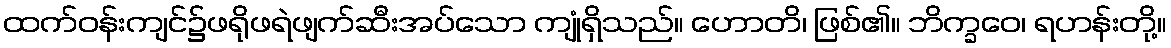
ထက်ဝန်းကျင်၌ဖရိုဖရဲဖျက်ဆီးအပ်သော ကျုံရှိသည်။ ဟောတိ၊ ဖြစ်၏။ ဘိက္ခဝေ၊ ရဟန်းတို့။